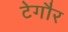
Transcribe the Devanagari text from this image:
टेगौर